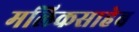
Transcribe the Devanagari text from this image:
मलिकसाहेब